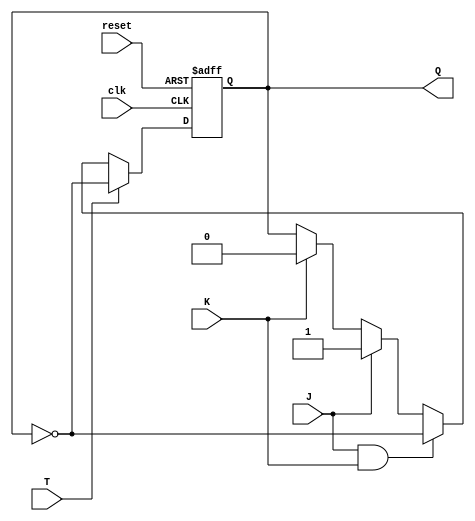
module TJK_FlipFlop (
    input wire clk,
    input wire reset,
    input wire J,
    input wire K,
    input wire T,
    output reg Q
);

always @(posedge clk or posedge reset) begin
    if (reset) begin
        Q <= 1'b0;
    end else begin
        if (T) begin
            Q <= ~Q;
        end else begin
            if (J & K) begin
                Q <= ~Q;
            end else if (J) begin
                Q <= 1'b1;
            end else if (K) begin
                Q <= 1'b0;
            end
        end
    end
end

endmodule